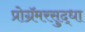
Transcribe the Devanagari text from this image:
प्रोग्रॅमरसुद्धा